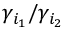
\gamma _ { i _ { 1 } } / \gamma _ { i _ { 2 } }